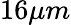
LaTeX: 16\mu m